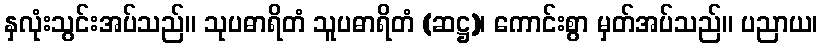
နှလုံးသွင်းအပ်သည်။ သုပဓာရိတံ သူပဓာရိတံ (ဆဋ္ဌ)၊ ကောင်းစွာ မှတ်အပ်သည်။ ပညာယ၊